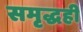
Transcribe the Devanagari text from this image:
समृद्धही